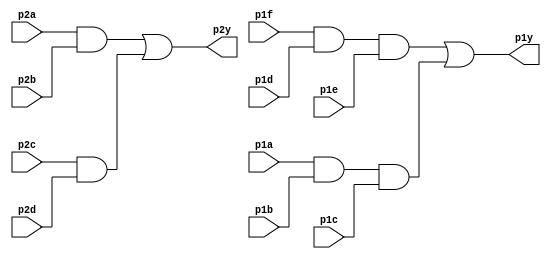
module top_module ( 
    input p1a, p1b, p1c, p1d, p1e, p1f,
    output p1y,
    input p2a, p2b, p2c, p2d,
    output p2y );
    
    wire AndP2abOut;
    wire AndP2cdOut;
    assign AndP2abOut = (p2a & p2b);
    assign  AndP2cdOut = (p2c & p2d);
    
    assign p2y = (AndP2abOut | AndP2cdOut);
    
    wire AndP1abcOut;
    wire AndP1fedOut;
    
    assign AndP1fedOut = (p1f & p1d & p1e);
    assign AndP1abcOut = (p1a & p1b & p1c);
    
    assign p1y = (AndP1fedOut | AndP1abcOut );
    
endmodule